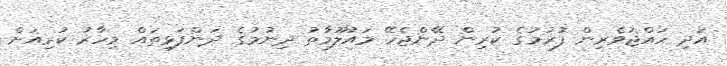
އަދި ހައްޖުވެރިން ފުރުމުގެ ކުރިން ދޭންޖެހޭ މައުލޫމާތު ދިނުމުގެ ދަންފަޅިތައް މިހާރު ކުރިއަށް